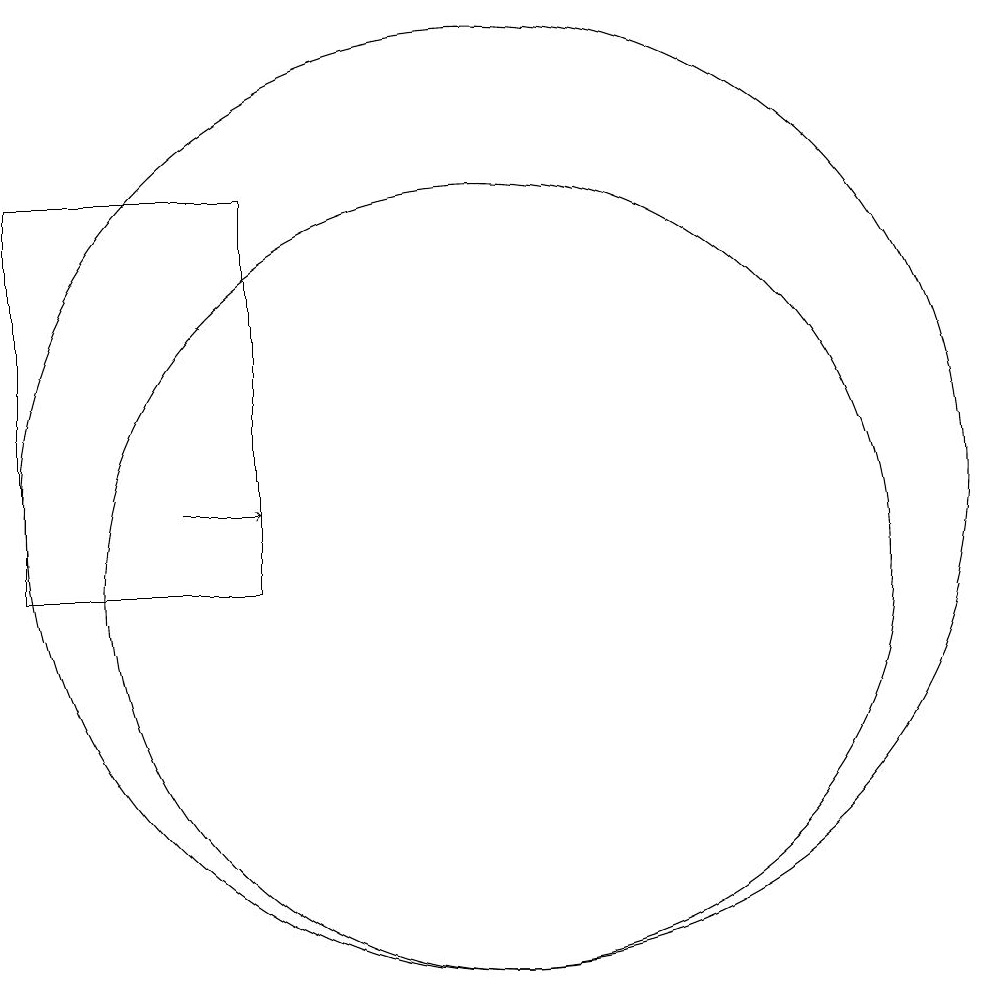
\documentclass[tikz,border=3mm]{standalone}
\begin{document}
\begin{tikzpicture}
\draw[->] (6,11) -- (7,11);
\draw (10,11) circle (6);
\draw (7,15) rectangle (4,10);
\draw (10,10) circle (5);
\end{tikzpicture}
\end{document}